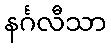
နင်္ဂလီသာ